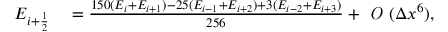
\begin{array} { r l } { E _ { i + \ensuremath { { \frac { 1 } { 2 } } } } } & { { } = \frac { 1 5 0 ( E _ { i } + E _ { i + 1 } ) - 2 5 ( E _ { i - 1 } + E _ { i + 2 } ) + 3 ( E _ { i - 2 } + E _ { i + 3 } ) } { 2 5 6 } + \textit { O } ( \Delta x ^ { 6 } ) , } \end{array}